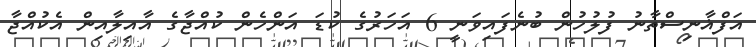
އަފްޣާނިސްތާނު ފުލުހުން ބުނެފައިވަނީ 6 އަހަރުގެ ކުޑަ އަންހެން ކުއްޖާގެ އާއިލާއިން އެކުއްޖާ